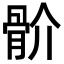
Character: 骱